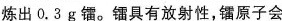
炼出0.3g镭。镭具有放射性，镭原子会